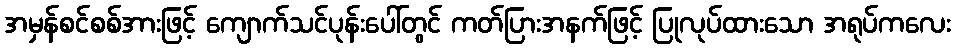
အမှန်စင်စစ်အားဖြင့် ကျောက်သင်ပုန်းပေါ်တွင် ကတ်ပြားအနက်ဖြင့် ပြုလုပ်ထားသော အရုပ်ကလေး